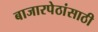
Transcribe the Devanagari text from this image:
बाजारपेठांसाठी